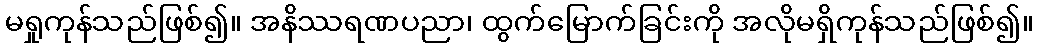
မရှုကုန်သည်ဖြစ်၍။ အနိဿရဏပညာ၊ ထွက်မြောက်ခြင်းကို အလိုမရှိကုန်သည်ဖြစ်၍။